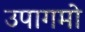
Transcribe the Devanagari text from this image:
उपागमो